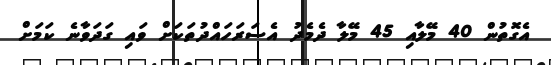
އެގޮތުން 40 މޭލާއި 45 މޭލާ ދެމެދު އެސަރަހައްދުތަކަށް ވައި ގަދަވާނެ ކަމަށް